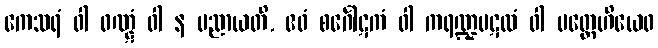
ကေသရံ ဝါ ဝဏ္ဋံ ဝါ န ပညာယတိ, ဧဝံ စင်္ဂေါဋကံ ဝါ ကရဏ္ဍပဋလံ ဝါ ပတ္တေဟိယေဝ